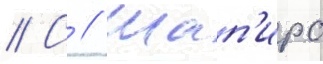
// С // Шап'иро